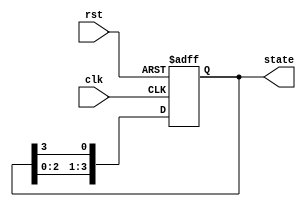
module ring_counter_moore (
    input wire clk,          // Clock input
    input wire rst,          // Asynchronous reset input
    output reg [3:0] state   // 4-bit output representing the state
);

// State transition logic
always @(posedge clk or posedge rst) begin
    if (rst) begin
        // Reset the state to 0001
        state <= 4'b0001;
    end else begin
        // Shift the '1' to the next flip-flop in a circular manner
        state <= {state[2:0], state[3]}; // Shift left, wrap around to the end
    end
end

endmodule